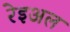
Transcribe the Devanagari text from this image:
रेइअल